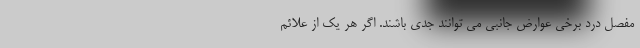
مفصل درد برخی عوارض جانبی می توانند جدی باشند. اگر هر یک از علائم